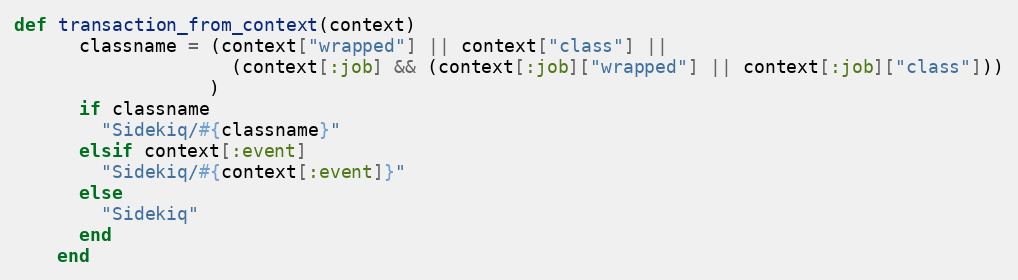
Language: Ruby
def transaction_from_context(context)
      classname = (context["wrapped"] || context["class"] ||
                    (context[:job] && (context[:job]["wrapped"] || context[:job]["class"]))
                  )
      if classname
        "Sidekiq/#{classname}"
      elsif context[:event]
        "Sidekiq/#{context[:event]}"
      else
        "Sidekiq"
      end
    end